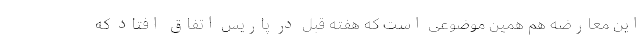
این معارضه هم همین موضوعی است که هفته قبل در پاریس اتفاق افتاد که